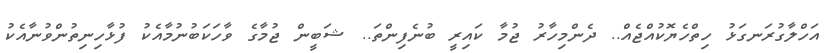
އަހްލާގުރަނގަޅު ހިތްހެޔޮކުއްޖެއް.. ދެންމިހާރު ޖުމާ ކައިރީ ބުނެފިންތަ.. ޝަބީން ޖުމާގެ ވާހަކަބުނުމާއެކު ފުޅާހިނިތުންވުނާއެކު